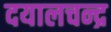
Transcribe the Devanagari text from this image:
दयालचन्द्र